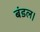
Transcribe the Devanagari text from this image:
बंडल।